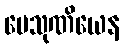
ပေသုဏိယေန